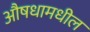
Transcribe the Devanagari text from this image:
औषधामधील